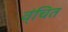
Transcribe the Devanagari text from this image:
व्ंचित